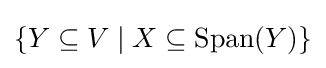
\{Y\subseteq V\mid X\subseteq \operatorname {Span} (Y)\}